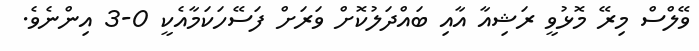
ވޭލްސް މިރޭ މޮޅުވީ ރަޝިއާ އާއި ބައްދަލުކޮށް ވަރަށް ފަސޭހަކަމާއެކީ 0-3 އިންނެވެ.